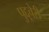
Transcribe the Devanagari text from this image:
पुद्दूचेरी